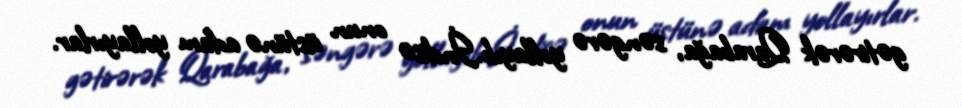
gətirərək Qarabağa, səngərə yollayıb.İndisə onun üstünə adam yollayırlar.